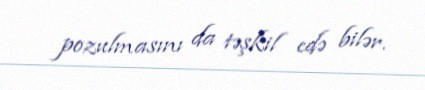
pozulmasını da təşkil edə bilər.